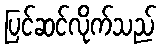
ပြင်ဆင်လိုက်သည်